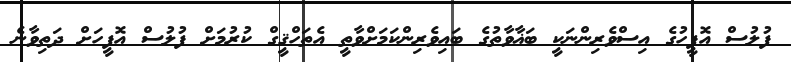
ފުލުސް އޮފީހުގެ އިސްވެރިންނަކީ ބަޣާވާތުގެ ބައިވެރިންކަމަށްވާތީ އެތަހްޤީގް ކުރުމަށް ފުލުސް އޮފީހަށް ދަތިވާނެ